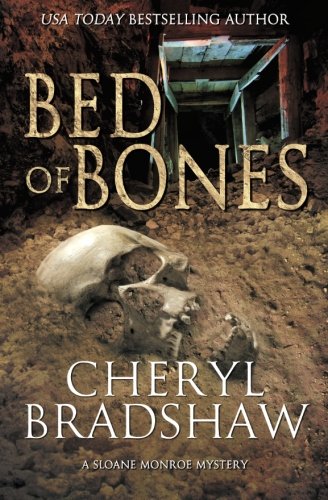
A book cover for Bed of Bones (Sloane Monroe Series); Cheryl Bradshaw; Mystery, Thriller & Suspense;